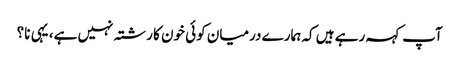
آپ کہہ رہے ہیں کہ ہمارے درمیان کوئی خون کا رشتہ نہیں ہے، یہی نا؟